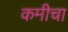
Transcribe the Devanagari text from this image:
कमीचा